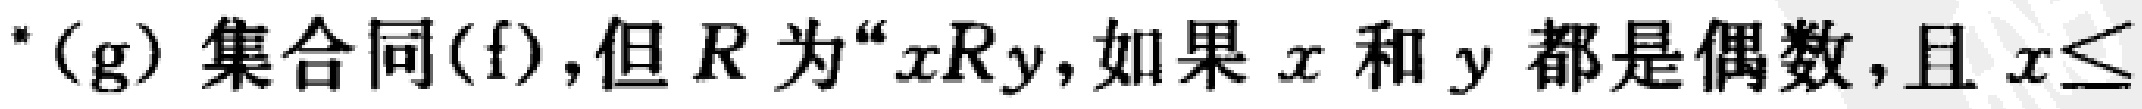
*(g) 集合同(f),但\(R\)为“\(xRy\),如果\(x\)和\(y\)都是偶数,且\(x\leq\)”